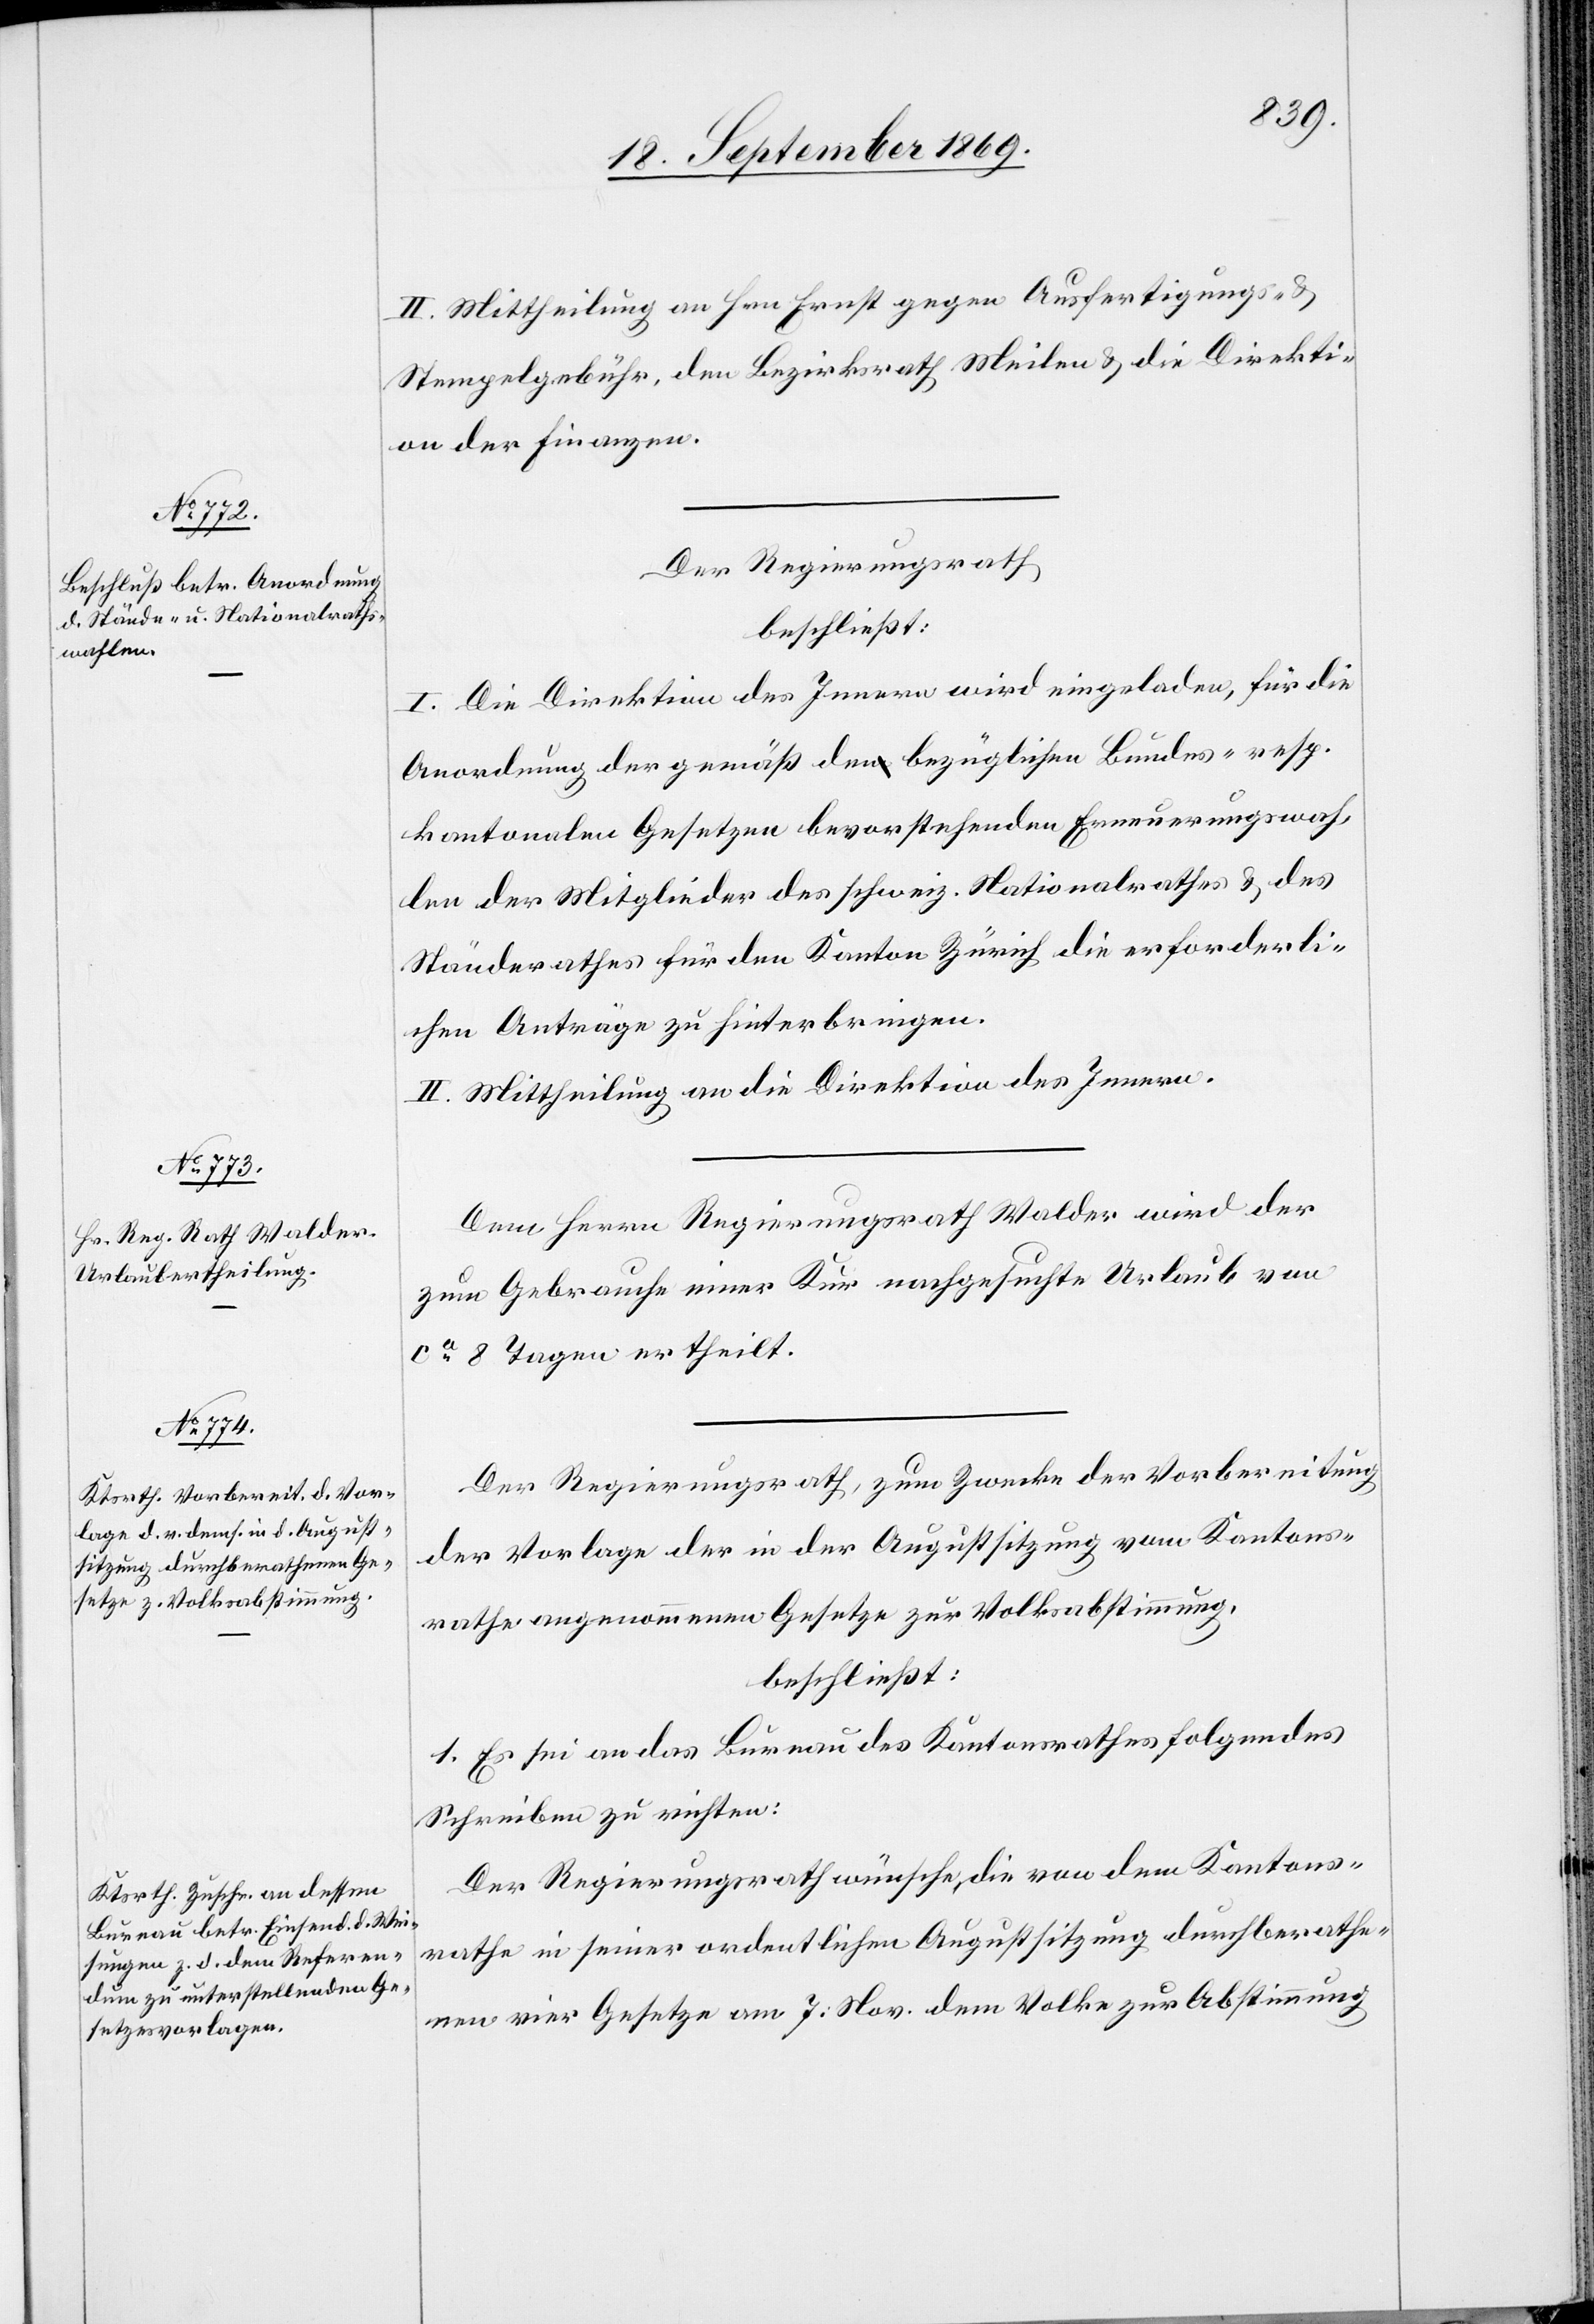
II. Mittheilung an Hrn. Ernst gegen Ausfertigungs- &
Stempelgebühr, den Bezirksrath Meilen & die Direkti¬
on der Finanzen.
Der Regierungsrath
beschließt:
I. Die Direktion des Innern wird eingeladen, für die
Anordnung der gemäß den bezüglichen Bundes- resp.
kantonalen Gesetzen bevorstehenden Erneuerungswah¬
len der Mitglieder des schweiz. Nationalrathes & des
Ständerathes für den Kanton Zürich die erforderli¬
chen Anträge zu hinterbringen.
II. Mittheilung an die Direktion des Innern.
Dem Herrn Regierungsrath Walder wird der
zum Gebrauche einer Kur nachgesuchte Urlaub von
ca 8 Tagen ertheilt.
Der Regierungsrath, zum Zwecke der Vorbereitung
der Vorlage der in der Augustsitzung vom Kantons¬
rathe angenommenen Gesetze zur Volksabstimmung,
beschließt:
1. Es sei an das Bureau des Kantonsrathes folgendes
Schreiben zu richten:
Der Regierungsrath wünsche, die von dem Kantons¬
rathe in seiner ordentlichen Augustsitzung durchberathe¬
nen vier Gesetze am 7. Nov. dem Volke zur Abstimmung